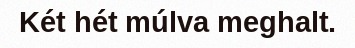
Két hét múlva meghalt.